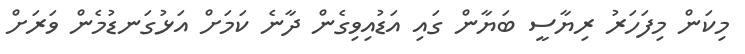
މިކަން މިފަހަރު ރިޔާސީ ބަޔާން ގައި އަޑުއިވިގެން ދާނެ ކަމަށް އަޅުގަނޑުމެން ވަރަށް